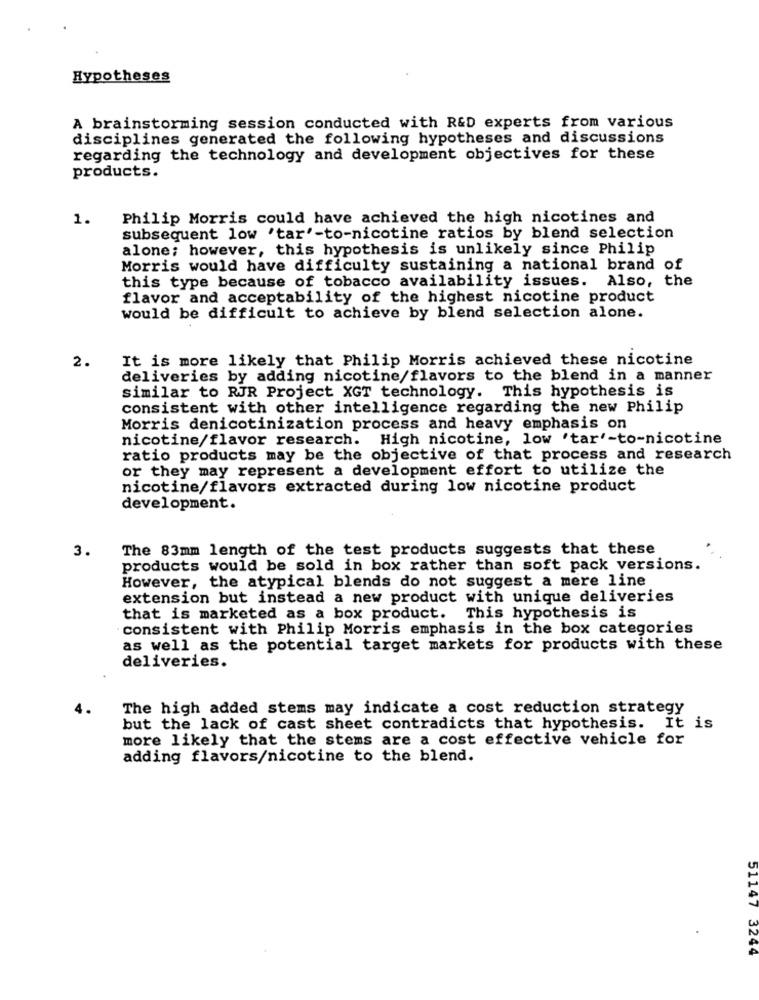
Hypotheses
A brainstorming session conducted with R&D experts from various
disciplines generated the following hypotheses and discussions
regarding the technology and development objectives for these
products.
1.
Philip Morris could have achieved the high nicotines and
subsequent low 'tar'-to-nicotine ratios by blend selection
alone; however, this hypothesis is unlikely since Philip
Morris would have difficulty sustaining a national brand of
this type because of tobacco availability issues. Also, the
flavor and acceptability of the highest nicotine product
would be difficult to achieve by blend selection alone.
2.
It is more likely that Philip Morris achieved these nicotine
deliveries by adding nicotine/flavors to the blend in a manner
similar to RJR Project XGT technology. This hypothesis is
consistent with other intelligence regarding the new Philip
Morris denicotinization process and heavy emphasis on
nicotine/flavor research. High nicotine, low 'tar'-to-nicotine
ratio products may be the objective of that process and research
or they may represent a development effort to utilize the
nicotine/flavors extracted during low nicotine product
development.
3.
The 83mm length of the test products suggests that these
products would be sold in box rather than soft pack versions.
However, the atypical blends do not suggest a mere line
extension but instead a new product with unique deliveries
that is marketed as a box product. This hypothesis is
consistent with Philip Morris emphasis in the box categories
as well as the potential target markets for products with these
deliveries.
The high added stems may indicate a cost reduction strategy
but the lack of cast sheet contradicts that hypothesis.
It is
more likely that the stems are a cost effective vehicle for
adding flavors/nicotine to the blend.
51147 3244